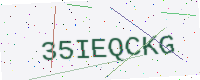
Text: 35IEQCKG